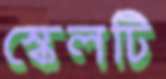
স্কেলটি